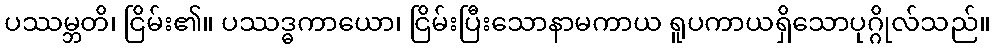
ပဿမ္ဘတိ၊ ငြိမ်း၏။ ပဿဒ္ဓကာယော၊ ငြိမ်းပြီးသောနာမကာယ ရူပကာယရှိသောပုဂ္ဂိုလ်သည်။